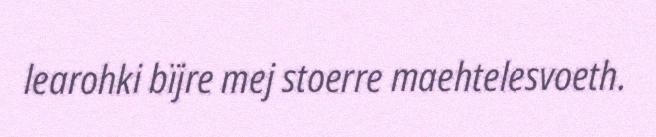
learohki bïjre mej stoerre maehtelesvoeth.